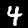
Label: 4